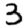
Digit: 3